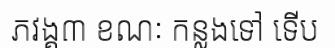
ភវង្គ៣ ខណៈ កន្លងទៅ ទើប